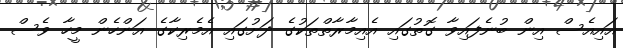
އައިއެސް އިން ބުނެފައިވާ ގޮތުގައި އެއިމާރާތްތަކުގެ ދަށުގައި އެމެރިކާގެ އަންހެން މީހާ ވެސް